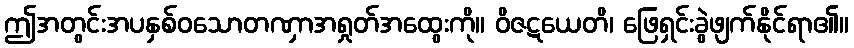
ဤအတွင်းအပနှစ်ဝသောတဏှာအရှုတ်အထွေးကို။ ဝိဇဋယေတိ၊ ဖြေရှင်းခွဲဖျက်နိုင်ရာ၏။